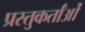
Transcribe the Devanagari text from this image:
प्रस्तुकर्तांओं